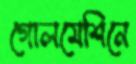
গোলমেশিনে